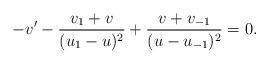
LaTeX: \begin{align*}-v'-\frac{v_1+v}{(u_1-u)^2}+\frac{v+v_{-1}}{(u-u_{-1})^2}=0.\end{align*}